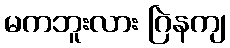
မကဘူးလား ဂြဲနကျ